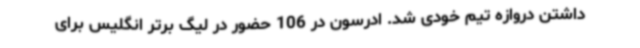
داشتن دروازه تیم خودی شد. ادرسون در 106 حضور در لیگ برتر انگلیس برای